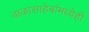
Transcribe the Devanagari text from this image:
बाळासाहेबांमध्येही